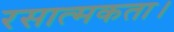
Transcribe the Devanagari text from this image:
रसात्मकता।